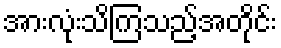
အားလုံးသိကြသည့်အတိုင်း